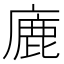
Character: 廘